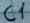
Text: C1